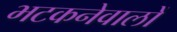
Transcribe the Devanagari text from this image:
भटकनेवालों